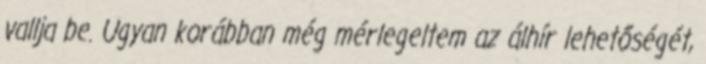
vallja be. Ugyan korábban még mérlegeltem az álhír lehetőségét,